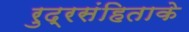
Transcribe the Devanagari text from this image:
रुद्रसंहिताके